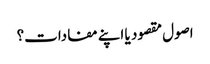
اصول مقصود یا اپنے مفادات؟